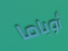
أوباما